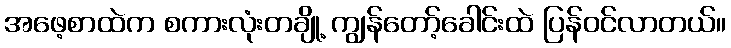
အဖေ့စာထဲက စကားလုံးတချို့ ကျွန်တော့်ခေါင်းထဲ ပြန်ဝင်လာတယ်။